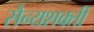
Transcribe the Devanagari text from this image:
सैन्यशक्ती